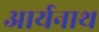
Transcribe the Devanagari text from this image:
आर्यनाथ